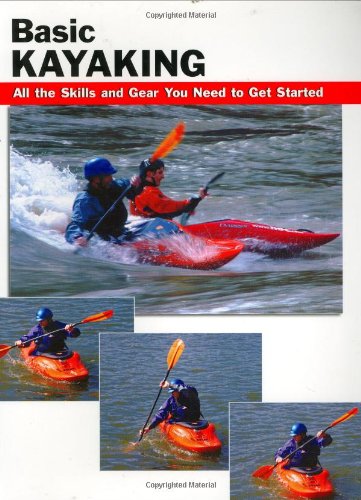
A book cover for Basic Kayaking: All the Skills and Gear You Need to Get Started (How To Basics); Sports & Outdoors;